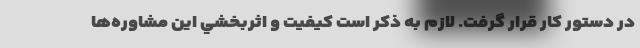
در دستور کار قرار گرفت. لازم به ذکر است كيفيت و اثربخشي این مشاوره‌ها